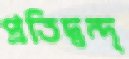
প্রতিদ্বন্দ্